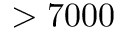
> 7 0 0 0